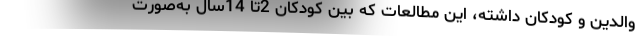
والدین و کودکان داشته، این مطالعات که بین کودکان 2تا 14سال به‌صورت